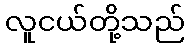
လူငယ်တို့သည်